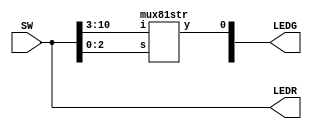
module lab1_extra_1_a(SW,LEDR,LEDG);
	input [17:0] SW;
	output [17:0] LEDR;
	output [7:0]LEDG;
	assign LEDR=SW;
	mux81str DUT(.i(SW[10:3]),.s(SW[2:0]),.y(LEDG[0]));
endmodule

module mux81str(i,s,y);
input [7:0] i;
input [2:0] s;
output y;
wire [7:0] out_and;
wire [2:0] n_s;

not  N0(n_s[0],s[0]);
not  N1(n_s[1],s[1]);
not  N2(n_s[2],s[2]);

and G0(out_and[0],i[0], n_s[2], n_s[1], n_s[0]);
and G1(out_and[1],i[1], n_s[2], n_s[1], s[0]);
and G2(out_and[2],i[2], n_s[2], s[1], n_s[0]);
and G3(out_and[3],i[3], n_s[2], s[1], s[0]);
and G4(out_and[4],i[4], s[2], n_s[1], n_s[0]);
and G5(out_and[5],i[5], s[2], n_s[1], s[0]);
and G6(out_and[6],i[6], s[2], s[1], n_s[0]);
and G7(out_and[7],i[7], s[2], s[1], s[0]);
or  G8(y,out_and[7:0]);
endmodule